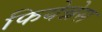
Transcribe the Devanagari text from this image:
फियेन्नेस